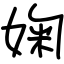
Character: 婅